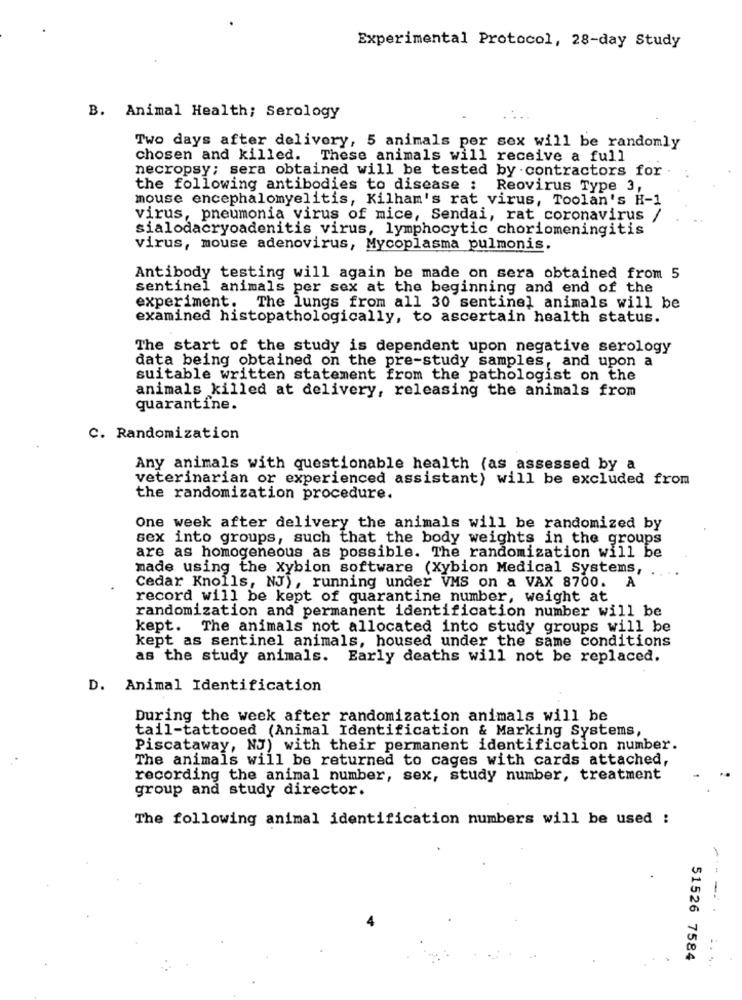
Experimental Protocol, 28-day Study
B. Animal Health; Serology
Two days after delivery, 5 animals per sex will be randomly
chosen and killed. These animals will receive a full
necropsy; sera obtained will be tested by contractors for .
the following antibodies to disease : Reovirus Type 3,
mouse encephalomyelitis, Kilham's rat virus, Toolan's H-1
virus, pneumonia virus of mice, Sendai, rat coronavirus /
sialodacryoadenitis virus, lymphocytic choriomeningitis
virus, mouse adenovirus, Mycoplasma pulmonis.
Antibody testing will again be made on sera obtained from 5
sentinel animals per sex at the beginning and end of the
experiment. The lungs from all 30 sentinel animals will be
examined histopathologically, to ascertain health status.
The start of the study is dependent upon negative serology
data being obtained on the pre-study samples, and upon a
suitable written statement from the pathologist on the
animals killed at delivery, releasing the animals from
quarantine.
C. Randomization
Any animals with questionable health (as assessed by a
veterinarian or experienced assistant) will be excluded from
the randomization procedure.
One week after delivery the animals will be randomized by
sex into groups, such that the body weights in the groups
are as homogeneous as possible. The randomization will be
made using the Xybion software (Xybion Medical Systems,
Cedar Knolls, NJ), running under VMS on a VAX 8700.
A
record will be kept of quarantine number, weight at
randomization and permanent identification number will be
kept. The animals not allocated into study groups will be
kept as sentinel animals, housed under the same conditions
as the study animals. Early deaths will not be replaced.
D. Animal Identification
During the week after randomization animals will be
tail-tattooed (Animal Identification & Marking Systems,
Piscataway, NJ) with their permanent identification number.
The animals will be returned to cages with cards attached,
recording the animal number, sex, study number, treatment
group and study director.
The following animal identification numbers will be used :
----
51526 7584